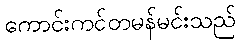
ကောင်းကင်တမန်မင်းသည်